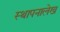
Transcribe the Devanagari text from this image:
स्थापनालेख